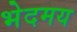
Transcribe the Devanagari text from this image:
भेदमय